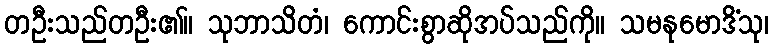
တဦးသည်တဦး၏။ သုဘာသိတံ၊ ကောင်းစွာဆိုအပ်သည်ကို။ သမနုမောဒိံသု၊